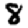
Digit: 8